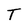
Character: T